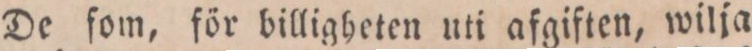
De fom, för billigheten uti afgiften, wilja